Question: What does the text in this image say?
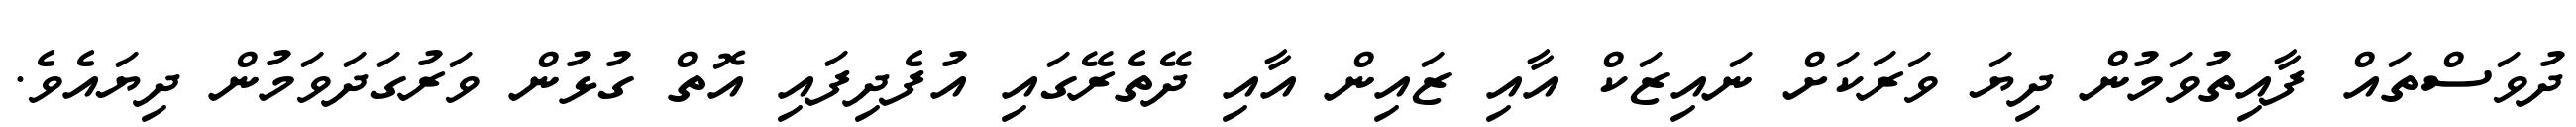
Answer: ދުވަސްތައް ފާއިތުވަމުން ދިޔަ ވަރަކަށް ނައިޒަކް އާއި ޒައިން އާއި ދޭތެރޭގައި އުފެދިފައި އޮތް ގުޅުން ވަރުގަދަވަމުން ދިޔައެވެ.